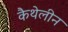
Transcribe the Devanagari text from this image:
कैथेलीन